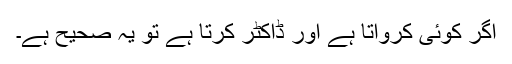
اگر کوئی کرواتا ہے اور ڈاکٹر کرتا ہے تو یہ صحیح ہے۔